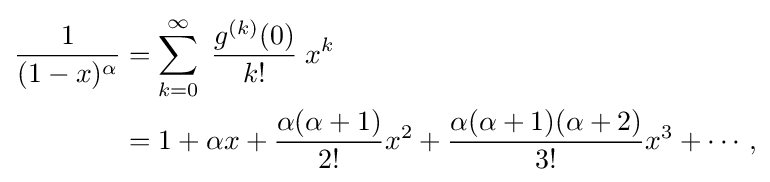
{\begin{aligned}{\frac {1}{(1-x)^{\alpha }}}&=\sum _{k=0}^{\infty }\;{\frac {g^{(k)}(0)}{k!}}\;x^{k}\\&=1+\alpha x+{\frac {\alpha (\alpha +1)}{2!}}x^{2}+{\frac {\alpha (\alpha +1)(\alpha +2)}{3!}}x^{3}+\cdots ,\end{aligned}}